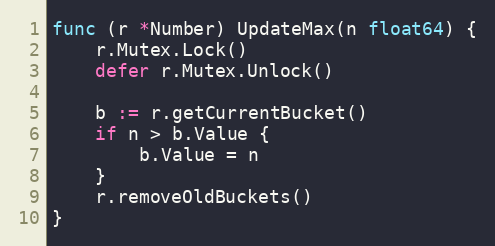
Language: Go
func (r *Number) UpdateMax(n float64) {
	r.Mutex.Lock()
	defer r.Mutex.Unlock()

	b := r.getCurrentBucket()
	if n > b.Value {
		b.Value = n
	}
	r.removeOldBuckets()
}